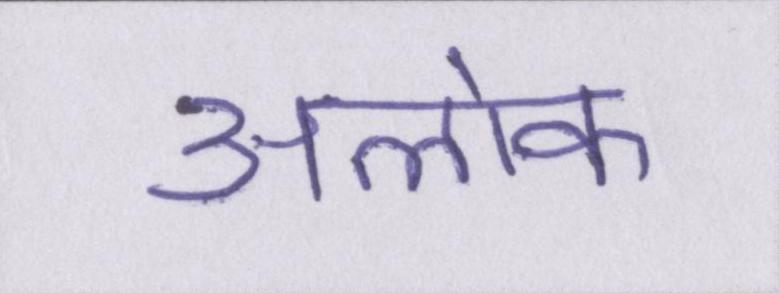
अलोक